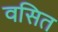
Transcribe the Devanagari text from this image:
वसित